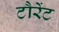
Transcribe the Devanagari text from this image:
टौरेंट